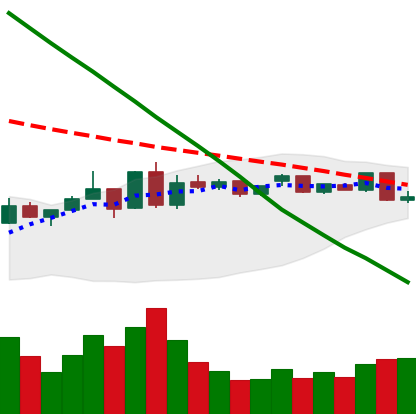
Ticker: ETC-USD
Chart end date: 2019-01-08
Forward return: -14.927%
Label: down_7plus